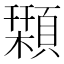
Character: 𩔛